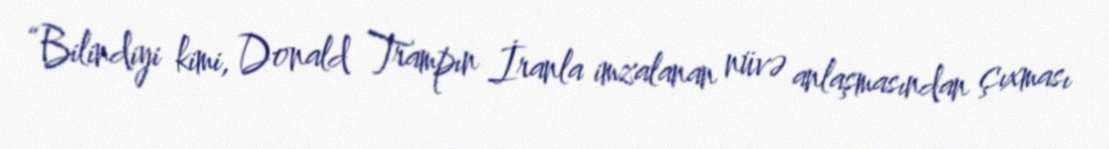
“Bilindiyi kimi, Donald Trampın İranla imzalanan nüvə anlaşmasından çıxması